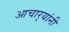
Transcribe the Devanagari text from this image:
आचार्‍यांनी